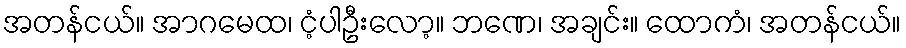
အတန်ငယ်။ အာဂမေထ၊ ငံ့ပါဦးလော့။ ဘဏေ၊ အချင်း။ ထောကံ၊ အတန်ငယ်။